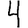
Digit: 4